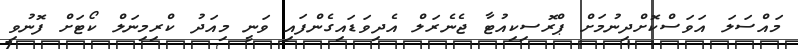
މައްސަލަ އަވަސްކޮށްދިނުމަށް ޕްރޮސިކިއުޓާ ޖެނެރަލް އެދިވަޑައިގެންފައި ވަނީ މިއަދު ކްރިމިނަލް ކޯޓަށް ފޮނުވި